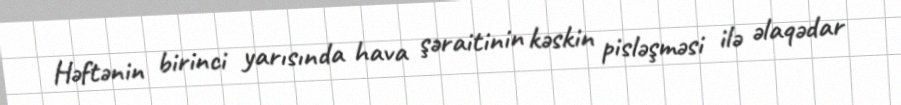
Həftənin birinci yarısında hava şəraitinin kəskin pisləşməsi ilə əlaqədar